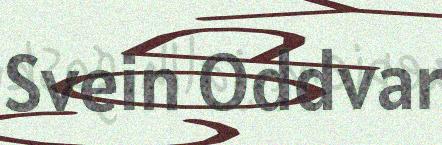
Svein Oddvar